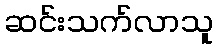
ဆင်းသက်လာသူ